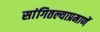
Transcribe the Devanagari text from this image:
सांगितल्याप्रमाणें